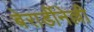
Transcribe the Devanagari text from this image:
बेरार्डीनेल्ली